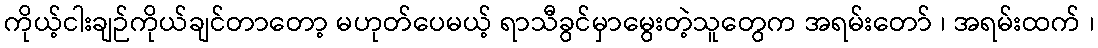
ကိုယ့်ငါးချဉ်ကိုယ်ချင်တာတော့ မဟုတ်ပေမယ့် ရာသီခွင်မှာမွေးတဲ့သူတွေက အရမ်းတော် ၊ အရမ်းထက် ၊